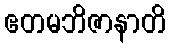
ဧတမဘိဇာနာတိ